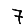
Digit: 7